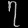
Digit: ၇